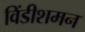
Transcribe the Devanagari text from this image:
विंडीशमन